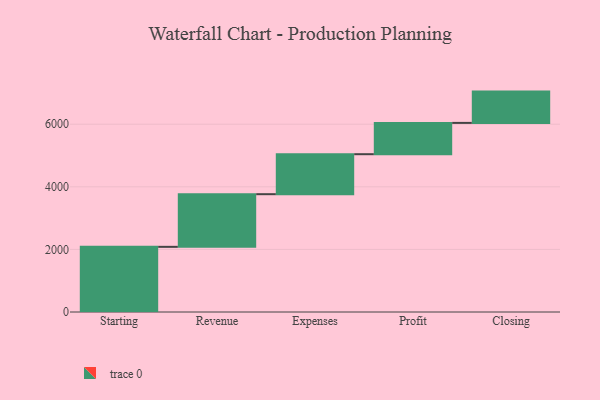
{"axis": {"x": "Step", "y": "Value"}, "legend": [""], "data": [{"x": "Starting", "y": 2082.0, "type": ""}, {"x": "Revenue", "y": 1682.0, "type": ""}, {"x": "Expenses", "y": 1278.0, "type": ""}, {"x": "Profit", "y": 1000, "type": ""}, {"x": "Closing", "y": 1000, "type": ""}]}